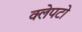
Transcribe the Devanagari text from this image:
क्लेपटो